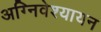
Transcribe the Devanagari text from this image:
अग्निवेश्यायन